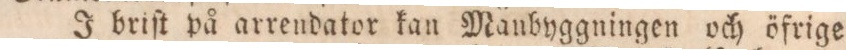
J briſt på arrendator kan Manbyggningen och öfrige